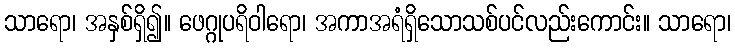
သာရော၊ အနှစ်ရှိ၍။ ဖေဂ္ဂုပရိဝါရော၊ အကာအရံရှိသောသစ်ပင်လည်းကောင်း။ သာရော၊